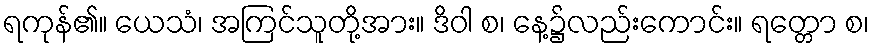
ရကုန်၏။ ယေသံ၊ အကြင်သူတို့အား။ ဒိဝါ စ၊ နေ့၌လည်းကောင်း။ ရတ္တော စ၊